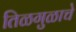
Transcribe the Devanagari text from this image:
तिळगुळाचे